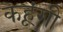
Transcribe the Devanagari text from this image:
कहूंगी